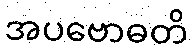
အပဗောဓတိ